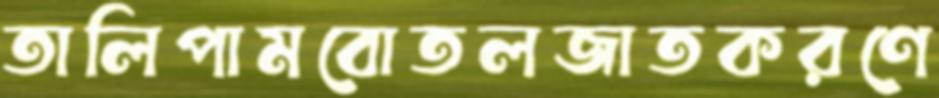
তালিপামবোতলজাতকরণে